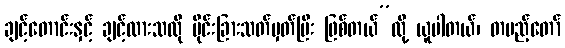
ချင့်တောင်းနှင့် ချင့်ထားသလို ပိုင်းခြားသတ်မှတ်ပြီး ဖြစ်တယ်”လို့ ယူပါတယ်၊ တပည့်တော်